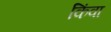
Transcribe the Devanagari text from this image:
किंवा